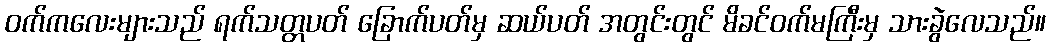
ဝက်ကလေးများသည် ရက်သတ္တပတ် ခြောက်ပတ်မှ ဆယ်ပတ် အတွင်းတွင် မိခင်ဝက်မကြီးမှ သားခွဲလေသည်။